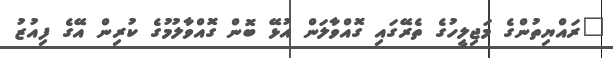
"ރައްޔިތުންގެ މަޖިލީހުގެ ތެރޭގައި ގޮއްވާލަން އުޅޭ ބޮން ގޮއްވާލުމުގެ ކުރިން އޭގެ ފިއުޒު